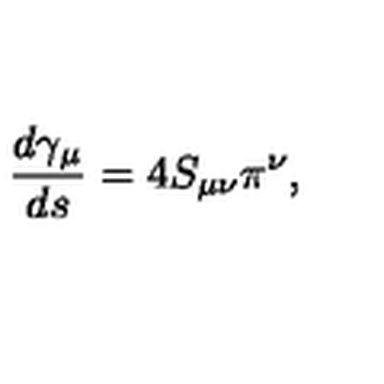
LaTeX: \frac { d \gamma _ { \mu } } { d s } = 4 S _ { \mu \nu } \pi ^ { \nu } ,